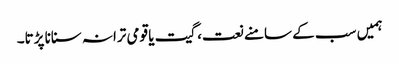
ہمیں سب کے سامنے نعت، گیت یا قومی ترانہ سنانا پڑتا۔